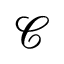
{ \mathcal { C } }